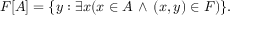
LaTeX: F [ A ] = \{ y : \exists x ( x \in A \, \land \, ( x , y ) \in F ) \} .